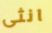
انثى